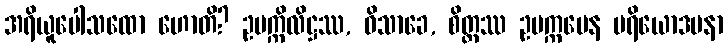
အရိယူပေါသထော ဟောတိ? ဥပက္ကိလိဋ္ဌဿ, ဝိသာခေ, စိတ္တဿ ဥပက္ကမေန ပရိယောဒပနာ